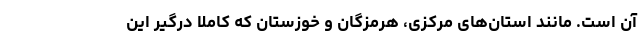
آن است. مانند استان‌های مرکزی، هرمزگان و خوزستان که کاملا درگیر این